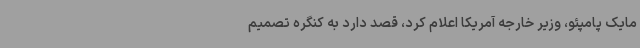
مایک پامپئو، وزیر خارجه آمریکا اعلام کرد، قصد دارد به کنگره تصمیم